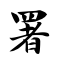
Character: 署